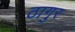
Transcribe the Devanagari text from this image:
ठागुर